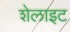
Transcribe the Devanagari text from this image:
शेलाइट